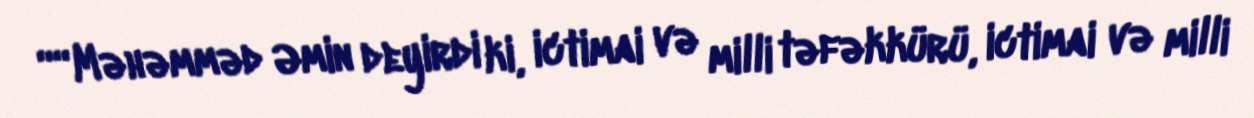
““Məhəmməd Əmin deyirdi ki, ictimai və milli təfəkkürü, ictimai və milli